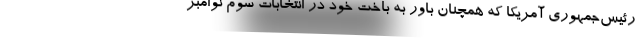
رئیس‌جمهوری آمریکا که همچنان باور به باخت خود در انتخابات سوم نوامبر